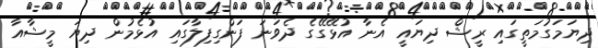
ދިޔަމަގުމަތީގައި ރީޝް ދިޔައީ އެނާ އުޅޭގޭގެ ދެވަނަ ފަންގިފިލާގައި އުޅެމުން ދިޔަ މީޝާއާ